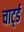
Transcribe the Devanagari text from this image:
चार्ट्ड